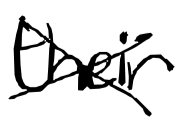
Text: their
Cross-out: cross
Writing tool: digital_black